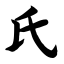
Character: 氏